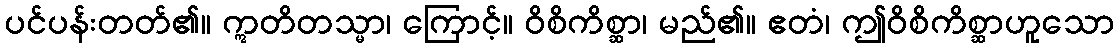
ပင်ပန်းတတ်၏။ ဣတိတသ္မာ၊ ကြောင့်။ ဝိစိကိစ္ဆာ၊ မည်၏။ ဧတံ၊ ဤဝိစိကိစ္ဆာဟူသော